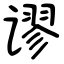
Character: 谬